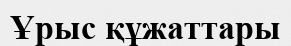
Ұрыс құжаттары